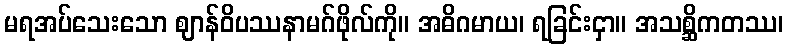
မရအပ်သေးသော ဈာန်ဝိပဿနာမဂ်ဖိုလ်ကို။ အဓိဂမာယ၊ ရခြင်းငှာ။ အသစ္ဆိကတဿ၊